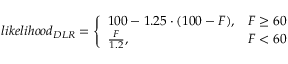
l i k e l i h o o d _ { D L R } = \left\{ \begin{array} { l l } { 1 0 0 - 1 . 2 5 \cdot ( 1 0 0 - F ) , } & { F \geq 6 0 } \\ { \frac { F } { 1 . 2 } , } & { F < 6 0 } \end{array} \right.